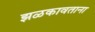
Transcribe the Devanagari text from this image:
झळकावताना